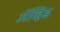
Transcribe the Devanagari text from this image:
अॅव्हिड